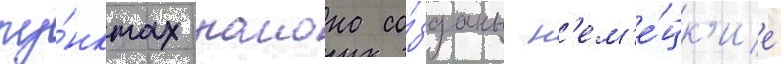
пу́нктах раиона со́зданы н'ем'е́цк'ие